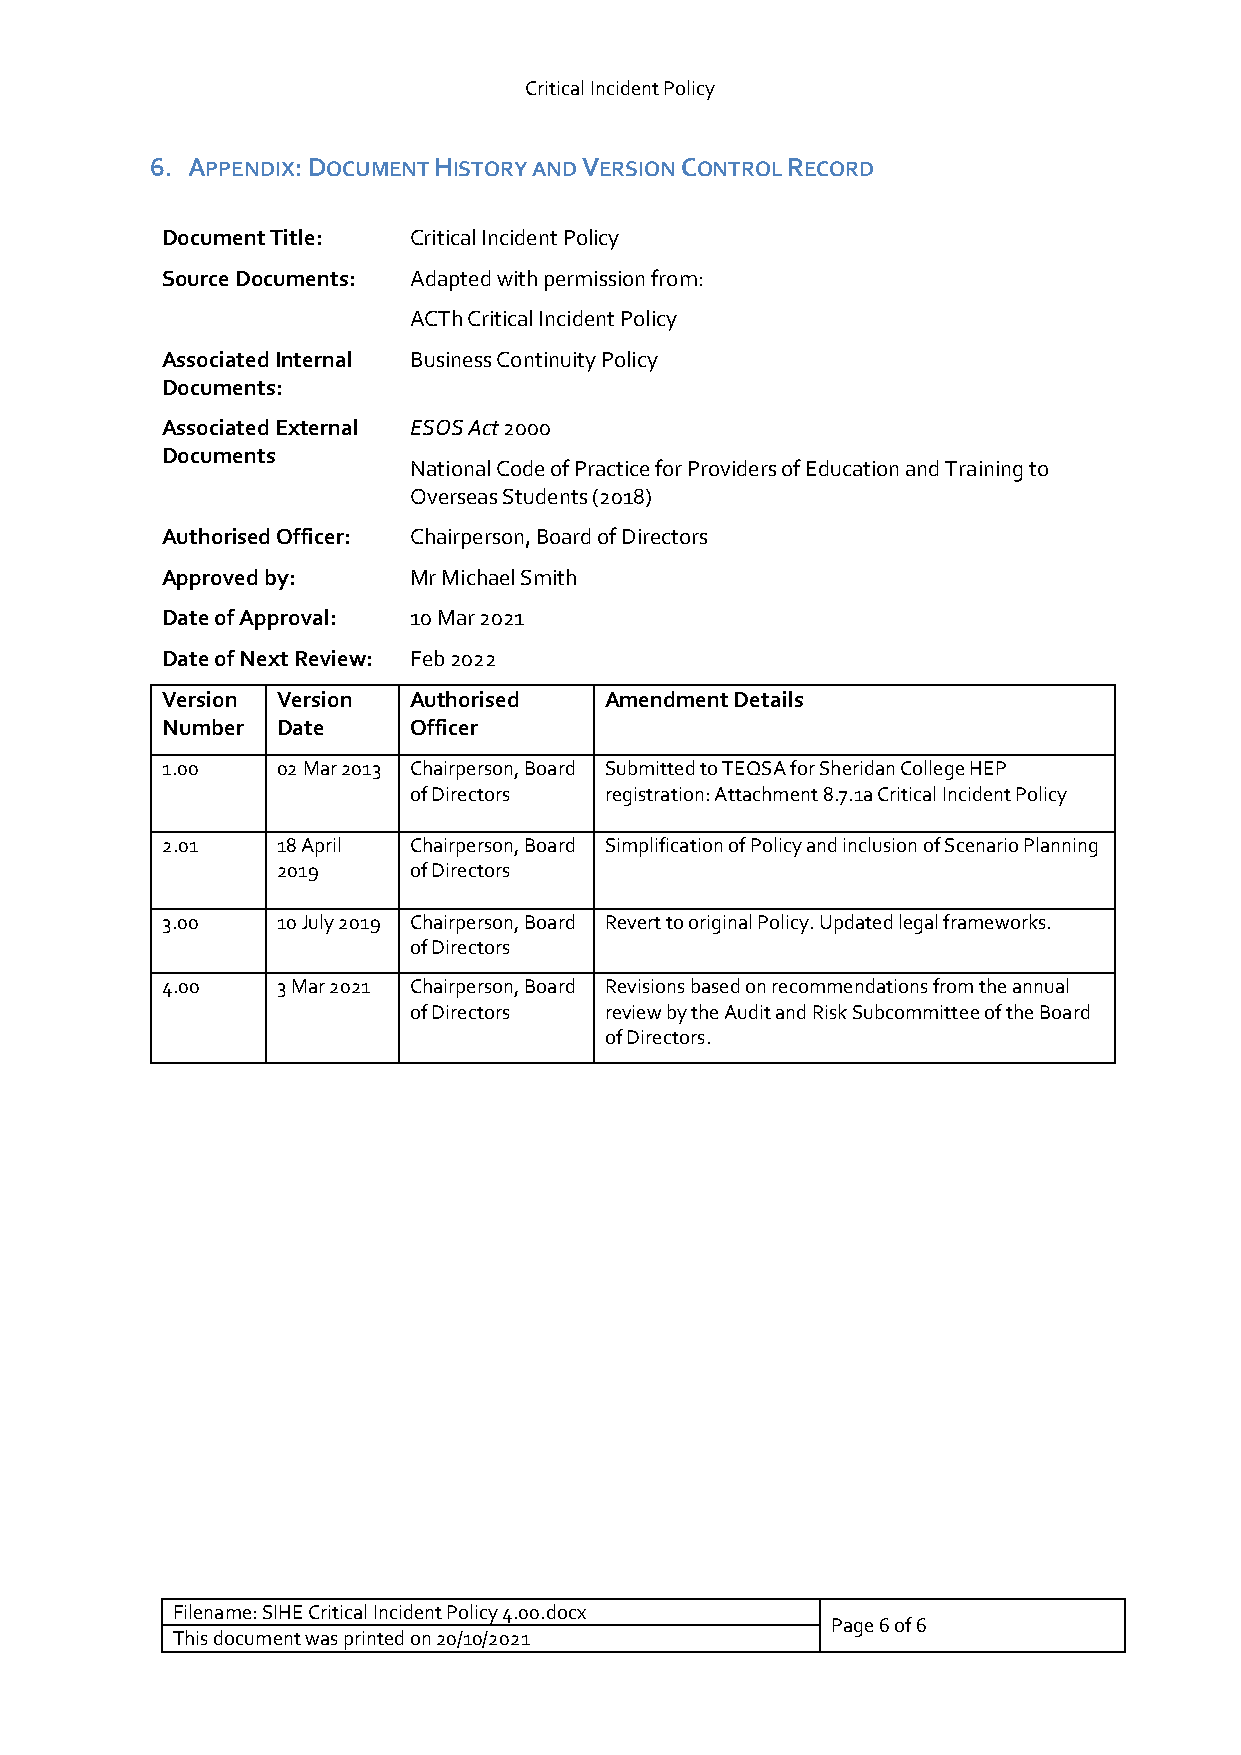
Critical Incident Policy
 6. APPENDIX: DOCUMENT HISTORY AND VERSION CONTROL RECORD
 Document Title: Critical Incident Policy
 Source Documents: Adapted with permission from:
 ACTh Critical Incident Policy
 Associated Internal Business Continuity Policy
 Documents:
 Associated External ESOS Act 2000
 Documents
 National Code of Practice for Providers of Education and Training to
 Overseas Students (2018)
 Authorised Officer: Chairperson, Board of Directors
 Approved by:    Mr Michael Smith
 Date of Approval: 10 Mar 2021
 Date of Next Review: Feb 2022
 Version Version Authorised   Amendment Details
 Number Date     Officer
 1.00   02 Mar 2013 Chairperson, Board Submitted to TEQSA for Sheridan College HEP
 of Directors registration: Attachment 8.7.1a Critical Incident Policy
 2.01   18 April Chairperson, Board Simplification of Policy and inclusion of Scenario Planning
 2019     of Directors
 3.00   10 July 2019 Chairperson, Board Revert to original Policy. Updated legal frameworks.
 of Directors
 4.00   3 Mar 2021 Chairperson, Board Revisions based on recommendations from the annual
 of Directors review by the Audit and Risk Subcommittee of the Board
 of Directors.
 Filename: SIHE Critical Incident Policy 4.00.docx
 Page 6 of 6
 This document was printed on 20/10/2021